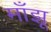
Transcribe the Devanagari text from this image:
माँझू